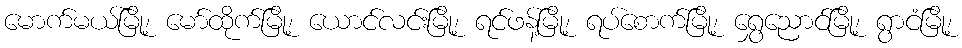
မောက်မယ်မြို့၊ မော်ထိုက်မြို့၊ ယောင်လင်းမြို့၊ ရင်ဖန့်မြို့၊ ရပ်စောက်မြို့၊ ရွှေညောင်မြို့၊ ရွာငံမြို့၊